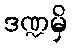
ဒဏ္ဍမှိ